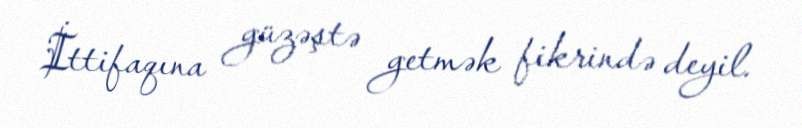
İttifaqına güzəştə getmək fikrində deyil.